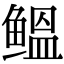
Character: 鳁